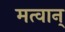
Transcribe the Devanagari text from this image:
मत्वान्